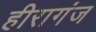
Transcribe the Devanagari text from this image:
हीरागंज